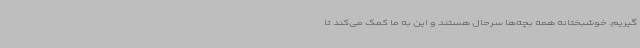
گیریم. خوشبختانه همه بچه‌ها سرحال هستند و این به ما کمک می‌کند تا